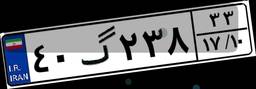
۴۰گ۲۳۸۳۳